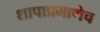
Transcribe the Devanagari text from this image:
शापाप्रमाणेच